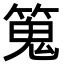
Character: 䈭